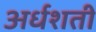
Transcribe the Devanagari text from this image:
अर्धशती